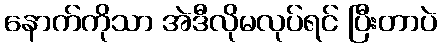
နောက်ကိုသာ အဲဒီလိုမလုပ်ရင် ပြီးတာပဲ